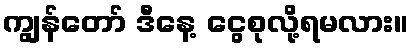
ကျွန်တော် ဒီနေ့ ငွေစုလို့ရမလား။